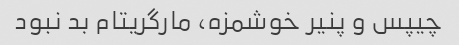
چیپس و پنیر خوشمزه، مارگریتام بد نبود